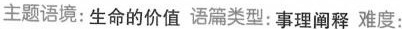
主题语境:生命的价值 语篇类型:事理阐释 难度: